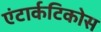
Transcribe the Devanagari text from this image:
एंटार्कटिकोस